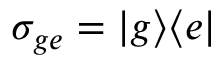
\sigma _ { g e } = | g \rangle \langle e |